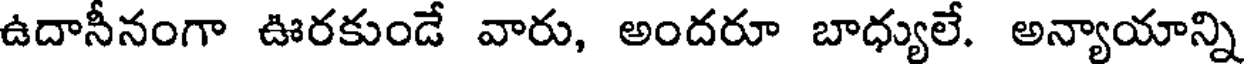
ఉదానీనంగా ఊరకుండే వారు, అందరూ బాధ్యులే. అన్యాయాన్ని